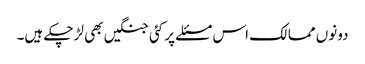
دونوں ممالک اس مسئلے پر کئی جنگیں بھی لڑ چکے ہیں۔